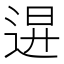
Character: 𨓙